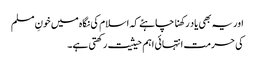
اور یہ بھی یاد رکھنا چاہئے کہ اسلام کی نگاہ میں خونِ مسلم
کی حرمت انتہائی اہم حیثیت رکھتی ہے۔